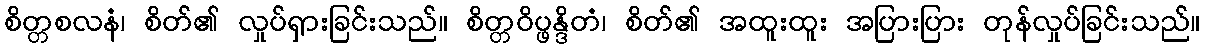
စိတ္တစလနံ၊ စိတ်၏ လှုပ်ရှားခြင်းသည်။ စိတ္တဝိပ္ဖန္ဒိတံ၊ စိတ်၏ အထူးထူး အပြားပြား တုန်လှုပ်ခြင်းသည်။